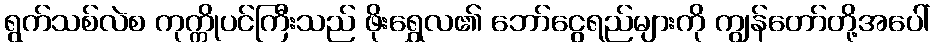
ရွက်သစ်လဲစ ကုက္ကိုပင်ကြီးသည် ဖိုးရွှေလ၏ ဘော်ငွေရည်များကို ကျွန်တော်တို့အပေါ်